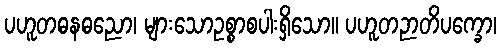
ပဟူတဓနဓညော၊ များသောဥစ္စာစပါးရှိသော။ ပဟူတဉာတိပက္ခော၊